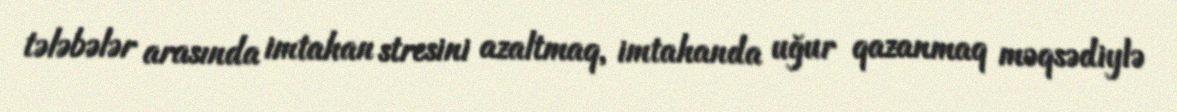
tələbələr arasında imtahan stresini azaltmaq, imtahanda uğur qazanmaq məqsədiylə